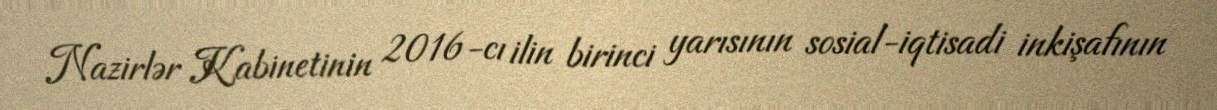
Nazirlər Kabinetinin 2016-cı ilin birinci yarısının sosial-iqtisadi inkişafının